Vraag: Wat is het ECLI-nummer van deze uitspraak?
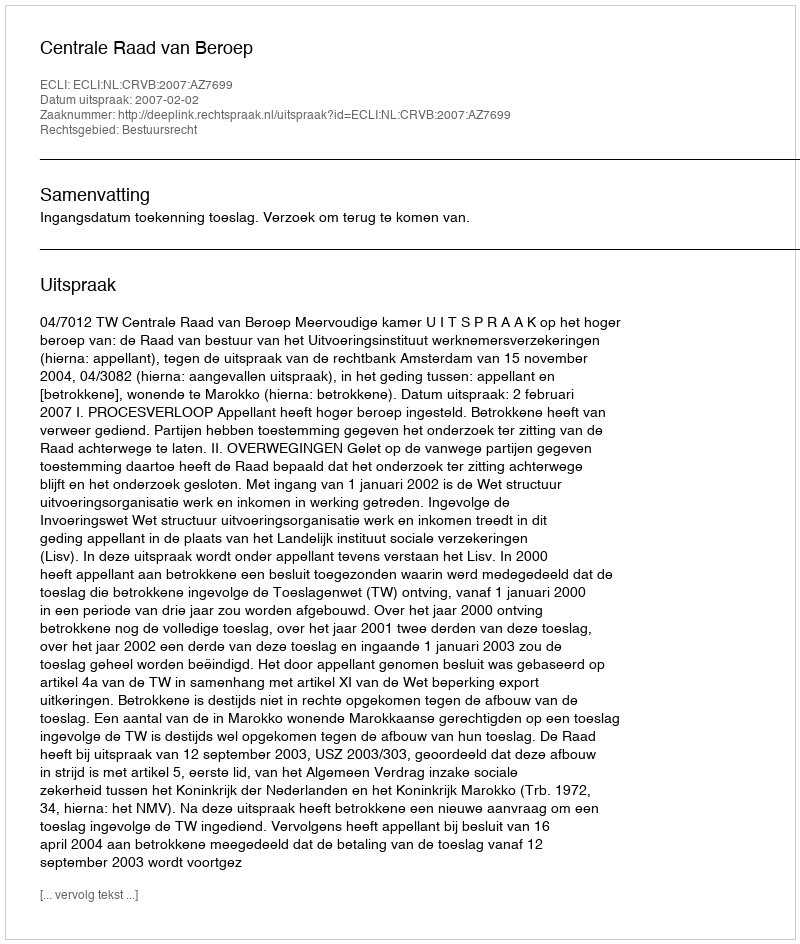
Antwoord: ECLI:NL:CRVB:2007:AZ7699